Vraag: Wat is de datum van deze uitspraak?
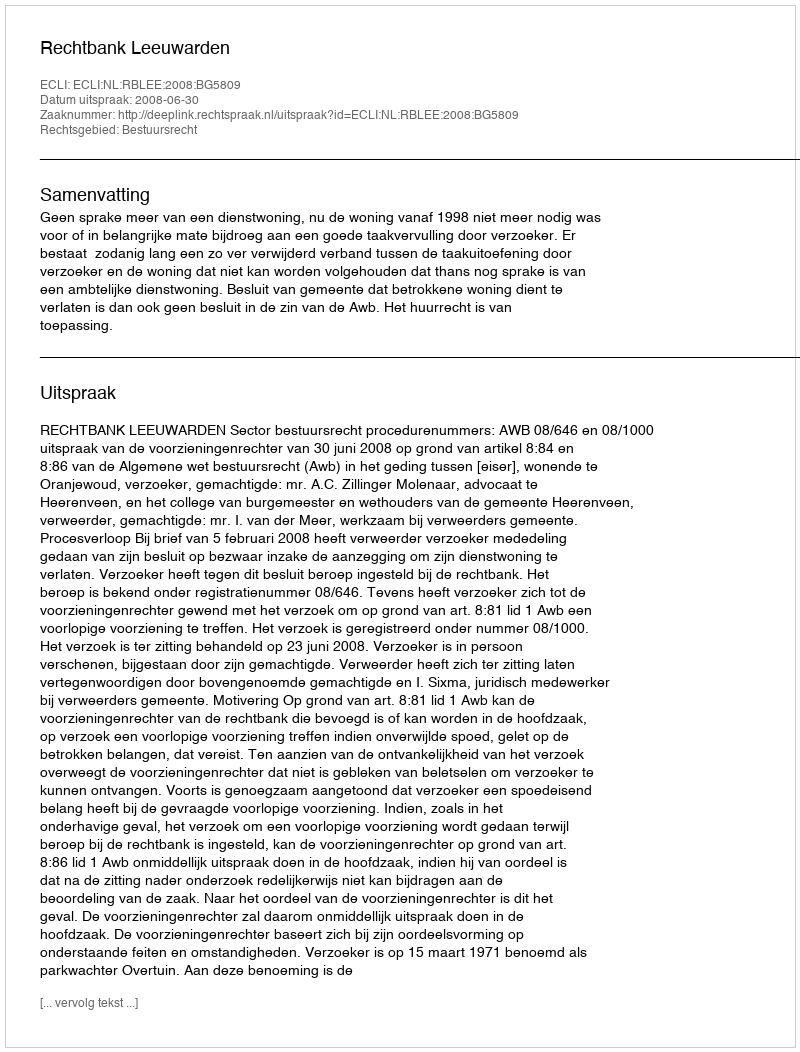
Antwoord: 2008-06-30